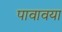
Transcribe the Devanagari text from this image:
पावावया